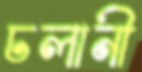
ঢলানী